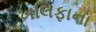
ખલિફાના